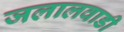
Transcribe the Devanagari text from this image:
जलालवाडी